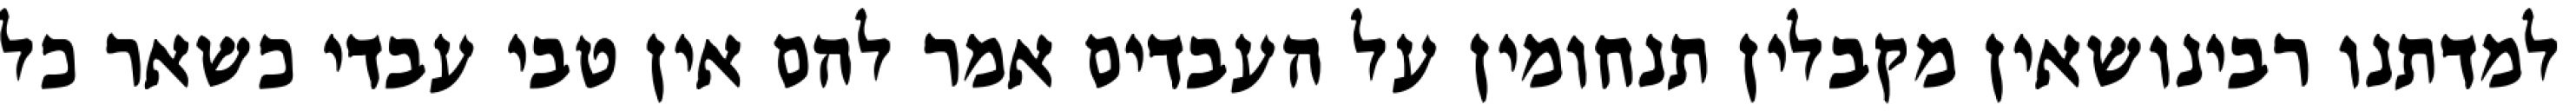
למדתנו רבינושאין מקבלין תנחומין על העבדים אמר להם אין טבי עבדי כשאר כל